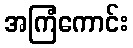
အကြံကောင်း